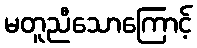
မတူညီသောကြောင့်